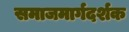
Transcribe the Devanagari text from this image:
समाजमार्गदर्शक